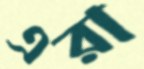
এরা